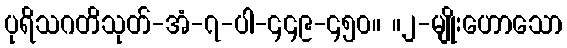
ပုရိသဂတိသုတ်-အံ-၇-ပါ-၄၄၉-၄၅၀။ ။၂-မျိုးဟောသော